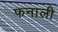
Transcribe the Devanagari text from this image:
फनाली